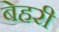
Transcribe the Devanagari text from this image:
बेहरी